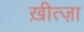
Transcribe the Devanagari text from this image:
ख़ीत्ज़ा